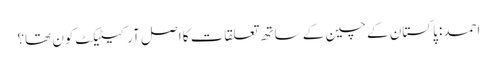
احمد: پاکستان کے چین کے ساتھ تعلقات کا اصل آرکیٹیکٹ کون تھا؟